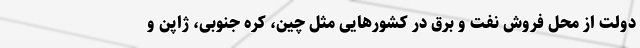
دولت از محل فروش نفت و برق در کشورهایی مثل چین، کره جنوبی، ژاپن و